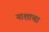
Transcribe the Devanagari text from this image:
नाशाचा